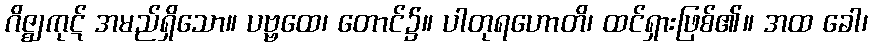
ဂိဇ္ဈကုဋ် အမည်ရှိသော။ ပဗ္ဗထေ၊ တောင်၌။ ပါတုရဟောတိ၊ ထင်ရှားဖြစ်၏။ အထ ခေါ၊